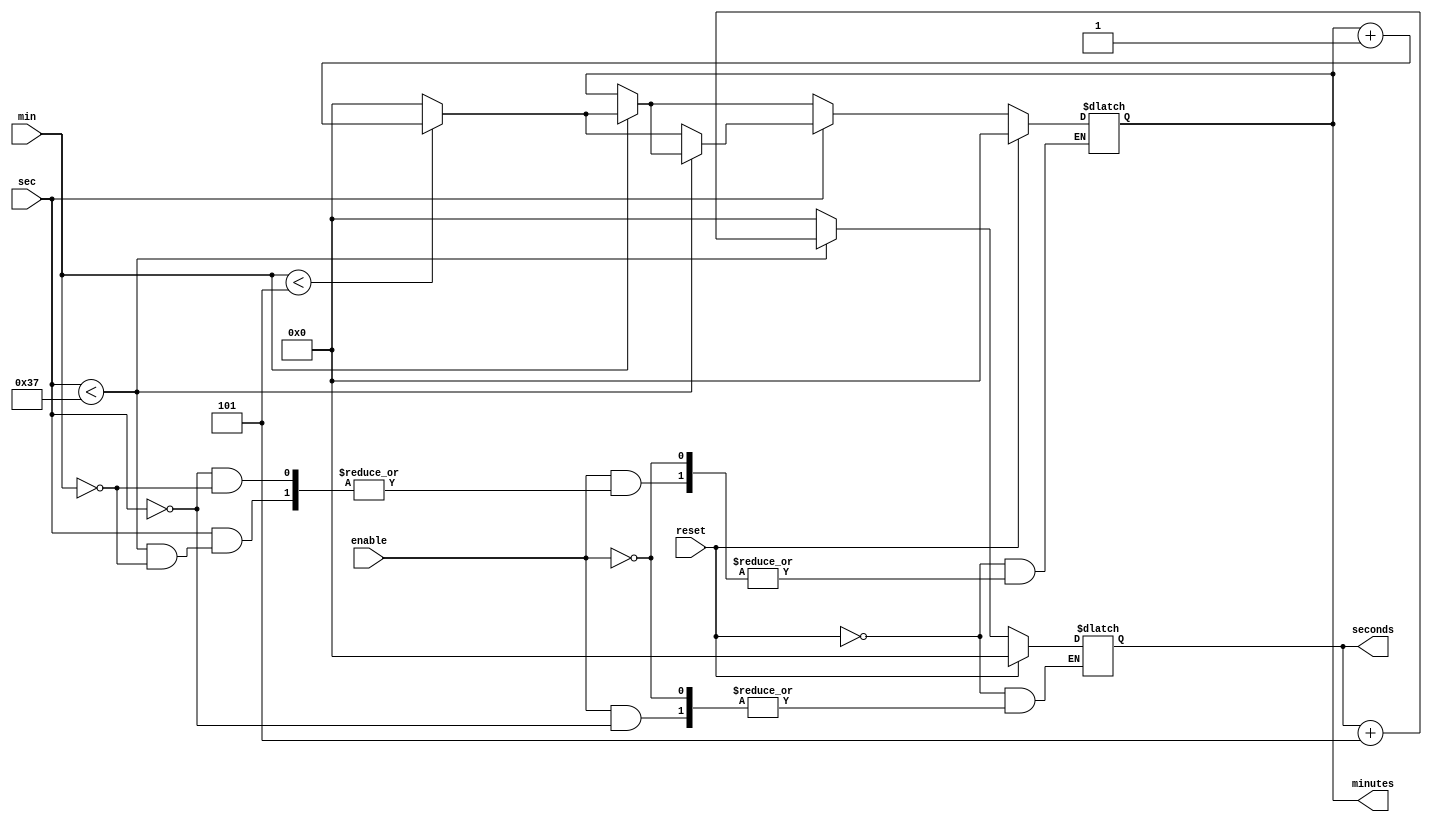
`timescale 1ns / 1ps
//////////////////////////////////////////////////////////////////////////////////
// Company: Carleton University
// Engineering Student: Sunao Gomi
// 
// Design Name: 
// Module Name: CookTimeMain
// Project Name: 
// Target Devices: 
// Tool Versions: 
// Description: 
// 
// Dependencies: 
// 
// Revision:
// Revision 0.01 - File Created
// Additional Comments:
// 
//////////////////////////////////////////////////////////////////////////////////


module CookTimeMain#(parameter MAX_MIN = 5)(
    input enable, min, sec, reset,
    output [5:0] minutes, seconds
    );
    reg [5:0] setMin, setSec;
    

    
    always@(min or sec or reset) begin
        if(reset) begin
            setMin <= 0;
            setSec <= 0;
        end else if(enable) begin
            if(min) begin
                if(min < MAX_MIN) setMin <= setMin + 1;
                else setMin <= 0;
            end
            if(sec) begin
                if(sec < 55) setSec <= setSec + 5;
                else begin
                    setSec <= 0;
                    if(min < MAX_MIN) setMin <= setMin + 1;
                    else setMin <= 0;
                end
            end
        end
    end
    
    assign minutes = setMin;
    assign seconds = setSec;
endmodule